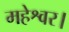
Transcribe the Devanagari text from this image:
महेश्वर।